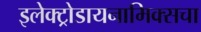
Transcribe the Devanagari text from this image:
इलेक्ट्रोडायनामिक्सचा